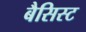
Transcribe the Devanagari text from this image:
बैसिस्ट